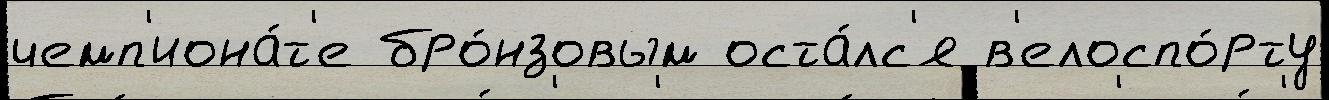
чемп'иона́т'е бро́нзовым оста́лс'я в'елоспо́рту